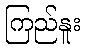
ကြည်နူး